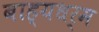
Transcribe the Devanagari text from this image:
बाह्यधर्म